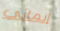
إيماني